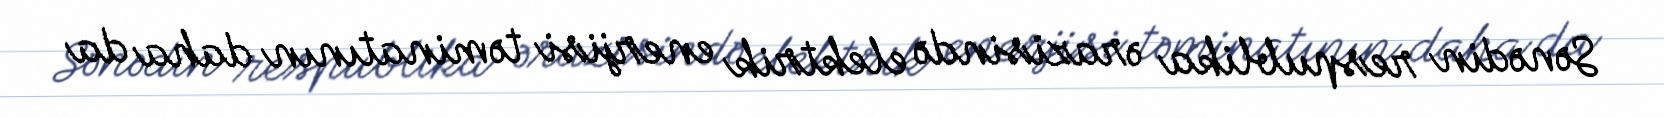
Sənədin respublika ərazisində elektrik enerjisi təminatının daha da